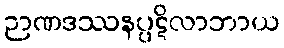
ဉာဏဒဿနပ္ပဋိလာဘာယ